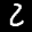
Label: 2